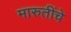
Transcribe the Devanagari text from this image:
मारुतींचे